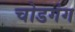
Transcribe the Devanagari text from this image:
चोडगंग